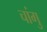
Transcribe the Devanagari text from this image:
चांगु